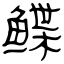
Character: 鲽